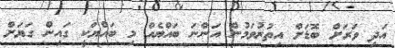
އަދި ވަރަށް ބޮޑަށް އިތުރުވަމުން އަންނަ ބައްޔެއް މި ބައްޔަކީ ގައިން ގަޔަށް